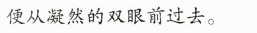
便从凝然的双眼前过去。